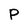
Character: P